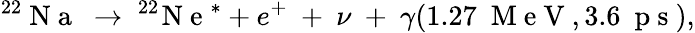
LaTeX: ^{22}\mathrm{~N~a~}~\to~^{22}\! \mathrm{~N~e~}^{*}+e^{+}~+~\nu~+~\gamma(1.27~\mathrm{~M~e~V~},3.6~\mathrm{~p~s~}),